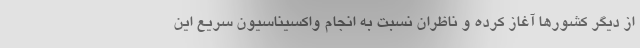
از دیگر کشورها آغاز کرده و ناظران نسبت به انجام واکسیناسیون سریع این